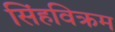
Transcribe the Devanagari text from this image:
सिंहविक्रम